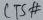
Text: CTS#